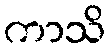
ကာသိ